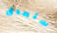
ستصدق